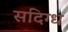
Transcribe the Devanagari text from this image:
सदिग्ध